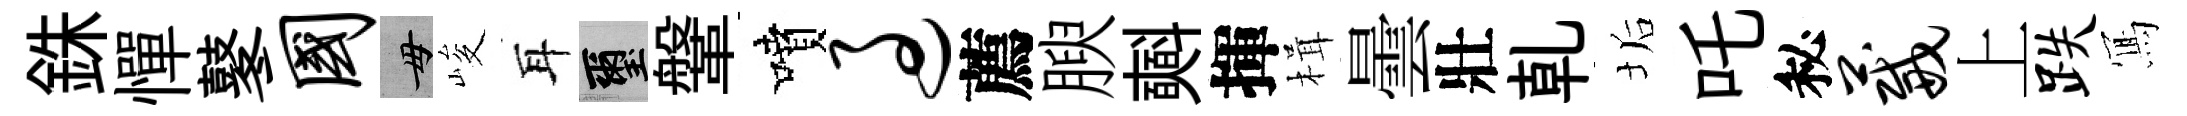
銖憚鼕国毋峻耳璽鞶噴过薦腴𣂏揮楫曇壯乹垢吒秘葳上跌𭂁